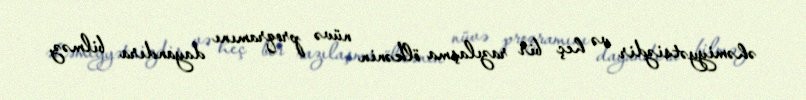
əhəmiyyətsizdir və heç bir razılaşma ölkənin nüvə proqramını dayandıra bilməz.